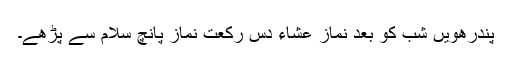
پندرھویں شب کو بعد نماز عشاء دس رکعت نماز پانچ سلام سے پڑھے۔